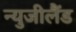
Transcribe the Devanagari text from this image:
न्युजीलैंड